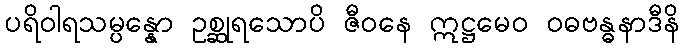
ပရိဝါရသမ္ပန္နော ဥစ္ဆုရသောပိ ဇီဝနေ ဣဋ္ဌမေဝ ဝဓဗန္ဓနာဒီနိ